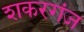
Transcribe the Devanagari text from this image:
शकरगंज